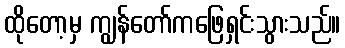
ထိုတော့မှ ကျွန်တော်ကဖြေရှင်းသွားသည်။